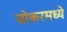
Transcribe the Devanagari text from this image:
जोकरमध्ये